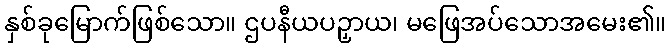
နှစ်ခုမြောက်ဖြစ်သော။ ဌပနီယပဉှာယ၊ မဖြေအပ်သောအမေး၏။